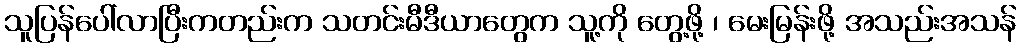
သူပြန်ပေါ်လာပြီးကတည်းက သတင်းမီဒီယာတွေက သူ့ကို တွေ့ဖို့ ၊ မေးမြန်းဖို့ အသည်းအသန်